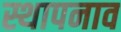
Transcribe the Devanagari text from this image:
स्थापनाव